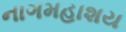
નાગમહાશય